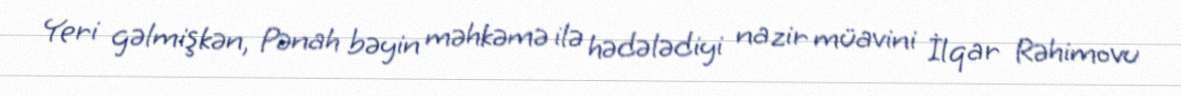
Yeri gəlmişkən, Pənah bəyin məhkəmə ilə hədələdiyi nazir müavini İlqar Rəhimovu